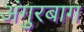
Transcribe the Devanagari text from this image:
अंगुरबाग